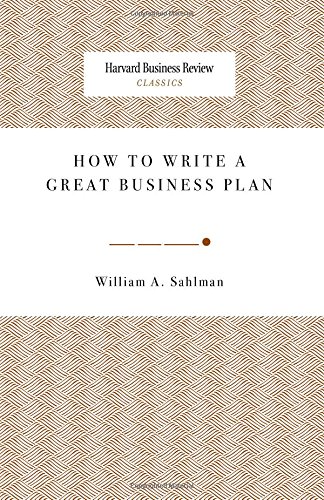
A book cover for How to Write a Great Business Plan (Harvard Business Review Classics); William A. Sahlman; Business & Money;